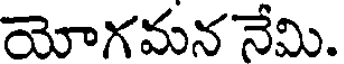
యోగమన నేమి.